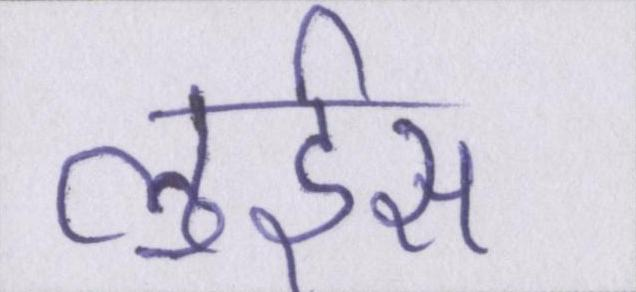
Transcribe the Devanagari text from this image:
लुईस